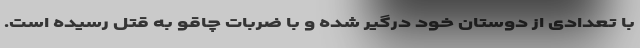
با تعدادی از دوستان خود درگیر شده و با ضربات چاقو به قتل رسیده است.